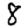
Digit: 8